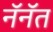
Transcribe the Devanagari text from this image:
नॅनॅत